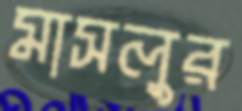
মাসলুর